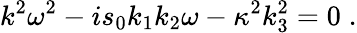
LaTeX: k^{2}{\omega}^{2}-is_{0}k_{1}k_{2}{\omega}-\kappa^{2}k_{3}^{2}=0\; .